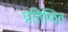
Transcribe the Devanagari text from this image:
प्रतिष्‍िठत